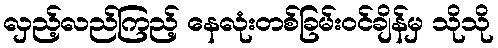
လှည့်လည်ကြည့် နေလုံးတစ်ခြမ်းဝင်ချိန်မှ သိုသို